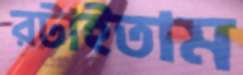
রটাইতাম